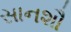
સાનશૌ